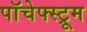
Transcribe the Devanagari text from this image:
पॉचेफ्स्ट्रूम